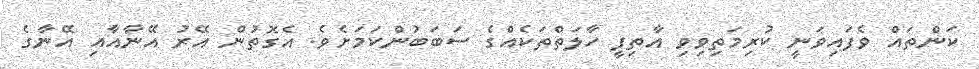
ކަންތައް ވެފައިވަނީ ކުރިމަތިވިވި އާތިފީ ހާލަތްތަކެއްގެ ސަބަބުންކަމަށެވެ. އެގޮތުން އޭރު އޭނާއާއި އޭނާގެ